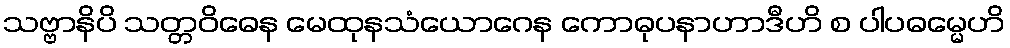
သဗ္ဗာနိပိ သတ္တဝိဓေန မေထုနသံယောဂေန ကောဓုပနာဟာဒီဟိ စ ပါပဓမ္မေဟိ